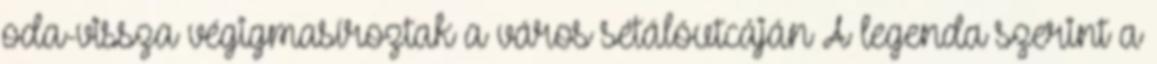
oda-vissza végigmasíroztak a város sétálóutcáján A legenda szerint a